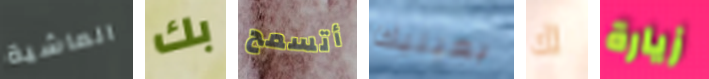
الماشية بك أتسمح بعينيك لك زيارة